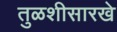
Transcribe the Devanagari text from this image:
तुळशीसारखे